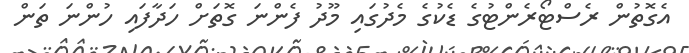
އެގޮތުން ރެސްޓޯރެންޓުގެ ޑެކުގެ މެދުގައި މޫދު ފެންނަ ގޮތަށް ހަދާފައި ހުންނަ ތަން